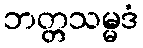
ဘတ္တသမ္မဒံ